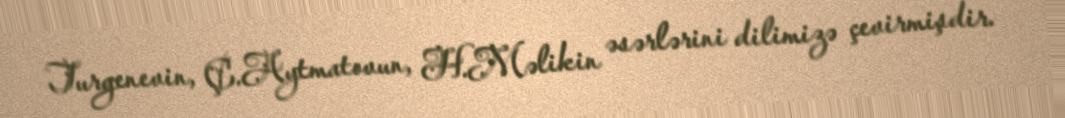
Turgenevin, Ç.Aytmatovun, H.Məlikin əsərlərini dilimizə çevirmişdir.